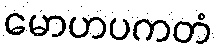
မောဟပကတံ